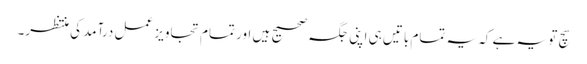
سچ تو یہ ہے کہ یہ تمام باتیں ہی اپنی جگہ صحیح ہیں اور تمام تجاویز عمل درآمد کی منتظر۔